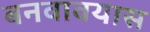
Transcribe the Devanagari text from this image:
बनवावयास